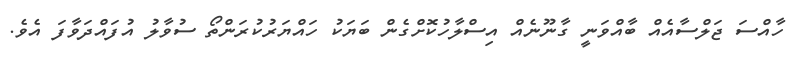
ހާއްސަ ޖަލްސާއެއް ބާއްވަނީ ގާނޫނެއް އިސްލާހުކޮށްގެން ބަޔަކު ހައްޔަރުކުރަންތޯ ސުވާލު އުފައްދަވާފަ އެވެ.